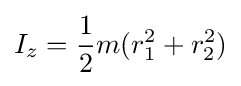
I_{z}={\frac {1}{2}}m(r_{1}^{2}+r_{2}^{2})